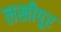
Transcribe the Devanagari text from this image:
लखीपूर